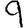
Digit: 9